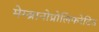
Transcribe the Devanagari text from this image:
मेम्ब्रानोप्रोलिफरेटिव